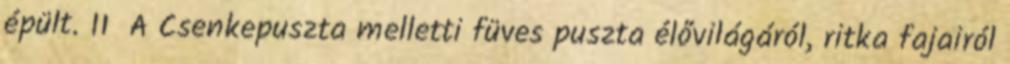
épült. 11 A Csenkepuszta melletti füves puszta élővilágáról, ritka fajairól